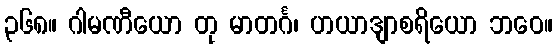
၃၆၈။ ဂါမဏီယော တု မာတင်္ဂ၊ ဟယာဒျာစရိယော ဘဝေ။